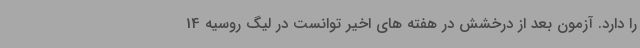
را دارد. آزمون بعد از درخشش در هفته های اخیر توانست در لیگ روسیه 14